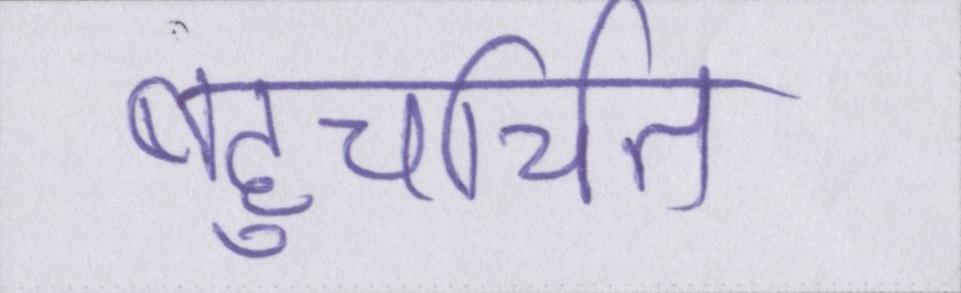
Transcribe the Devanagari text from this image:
बहुचर्चित